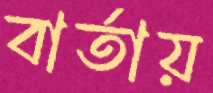
বার্তায়